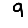
Digit: 9